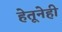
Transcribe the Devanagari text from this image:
हेतूनेही